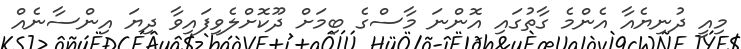
މިއީ ދުނިޔެއާ އެންމެ ގާތުގައި އޮންނަ މާސްގެ ބިމަށް ދޫކޮށްލެވިފައިވާ ދިޔަ އިންސާނެއް